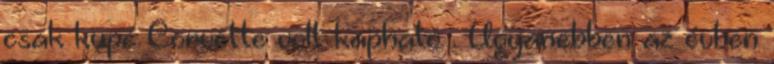
csak kupé Corvette volt kapható . Ugyanebben az évben